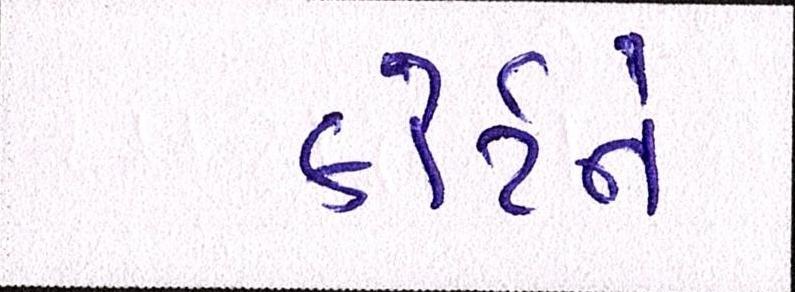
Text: કોર્ટને